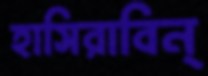
হাসিরাবিন্